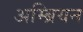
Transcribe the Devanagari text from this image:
अम्ब्रियन